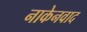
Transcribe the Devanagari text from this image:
नाकेनवाद